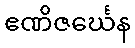
ဧဏိဇင်္ဃေန